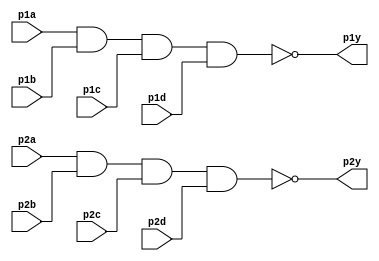
module top_module ( 
    input p1a, p1b, p1c, p1d,
    output p1y,
    input p2a, p2b, p2c, p2d,
    output p2y );
    assign p1y = ~(p1a&p1b&p1c&p1d); 
    assign p2y = ~(p2a&p2b&p2c&p2d); 
endmodule